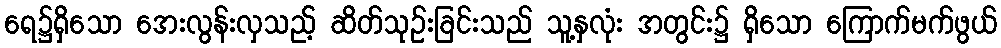
ရေ၌ရှိသော အေးလွန်းလှသည့် ဆိတ်သုဉ်းခြင်းသည် သူ့နှလုံး အတွင်း၌ ရှိသော ကြောက်မက်ဖွယ်